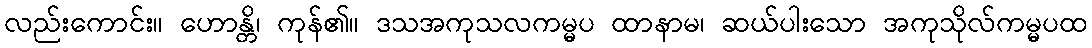
လည်းကောင်း။ ဟောန္တိ၊ ကုန်၏။ ဒသအကုသလကမ္မပ ထာနာမ၊ ဆယ်ပါးသော အကုသိုလ်ကမ္မပထ